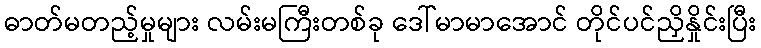
ဓာတ်မတည့်မှုများ လမ်းမကြီးတစ်ခု ဒေါ်မာမာအောင် တိုင်ပင်ညှိနှိုင်းပြီး